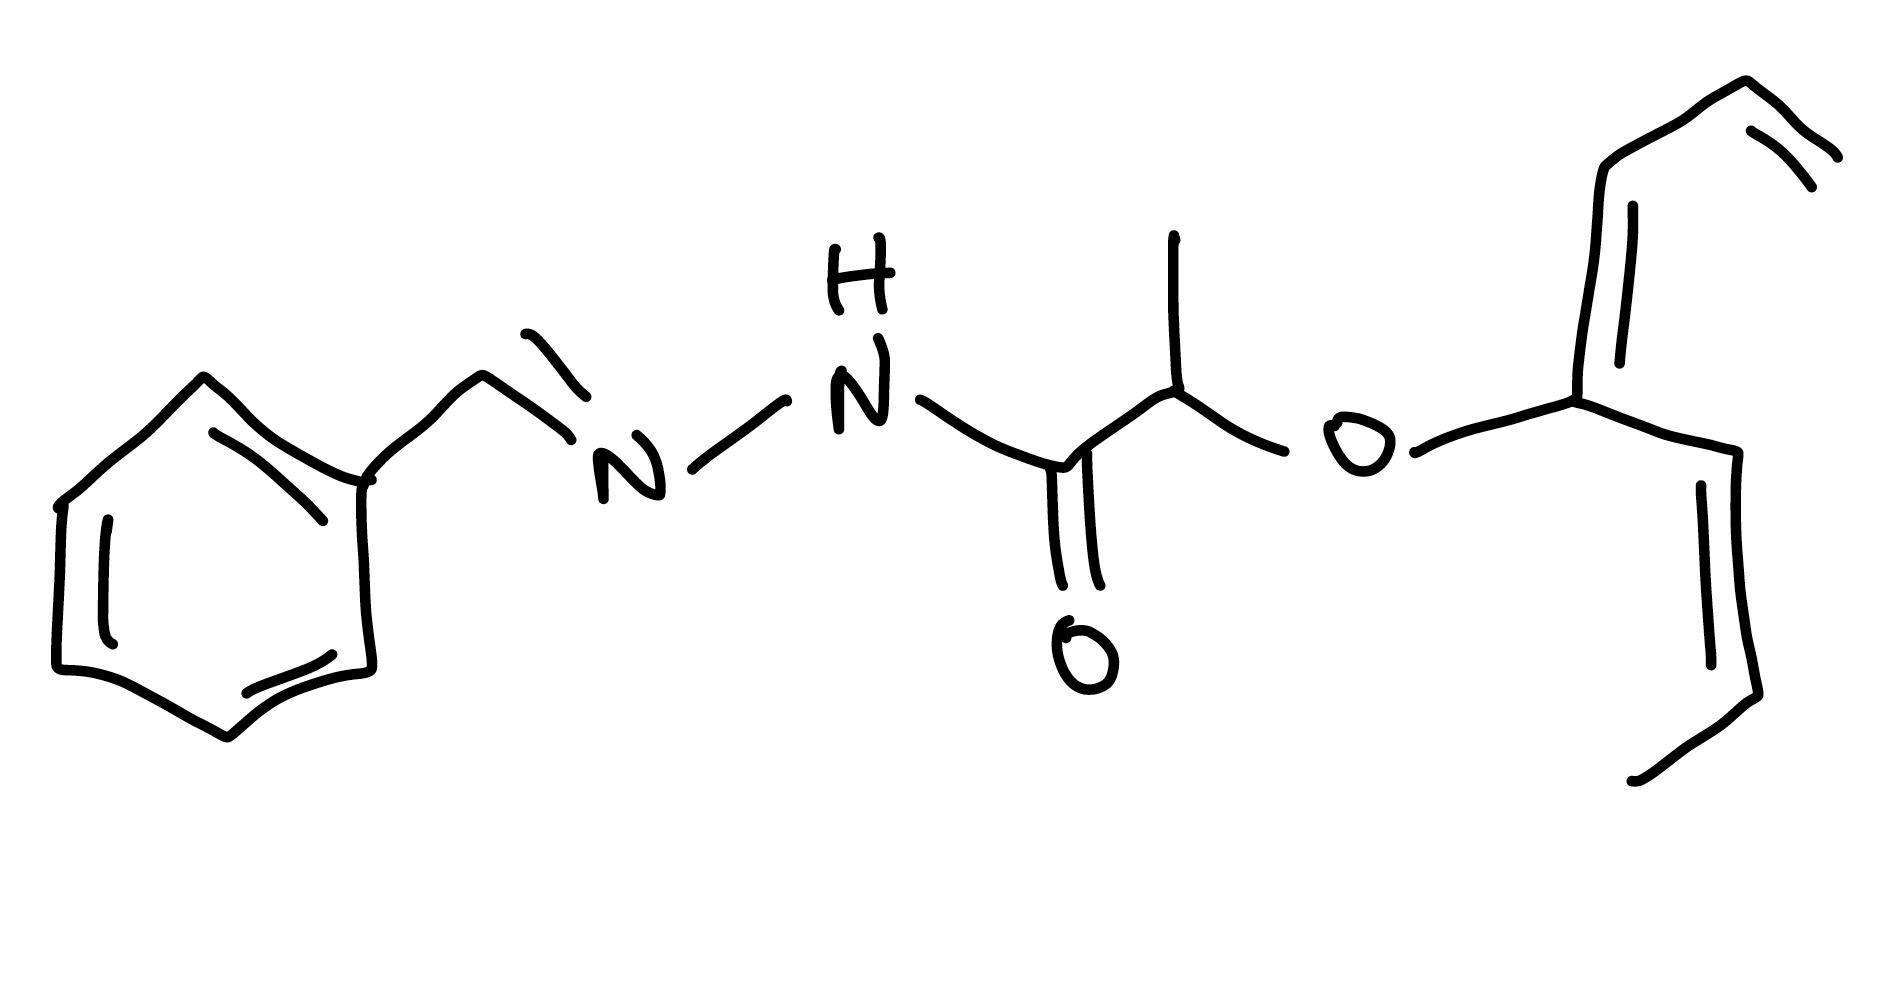
Simplified molecular-input line-entry system (SMILES) notation of the given molecule:
C/C=C\C(=C/C=C)\OC(C)C(=O)N/N=C/C1=CC=CC=C1